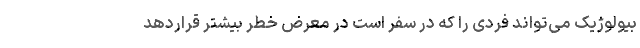
بیولوژیک می‌تواند فردی را که در سفر است در معرض خطر بیشتر قراردهد